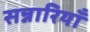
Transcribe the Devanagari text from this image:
सन्नारियाँ